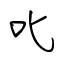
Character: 叱